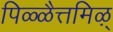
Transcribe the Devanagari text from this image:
पिळ्ळैत्तमिऴ्